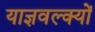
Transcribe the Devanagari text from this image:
याज्ञवल्क्यों